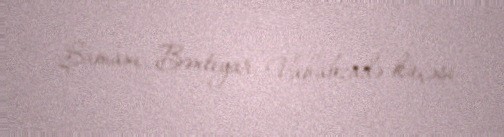
Şamaxı, Bəxtiyar Vahabzadə küçəsi